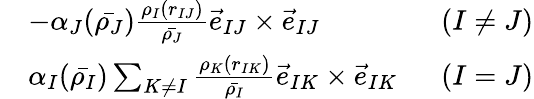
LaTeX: \begin{array}{rlr}&{-\alpha_{J}(\bar{\rho_{J}})\frac{\rho_{I}(r_{IJ})}{\bar{\rho_{J}}}\vec{e}_{IJ}\times\vec{e}_{IJ}}&{\; \; (I\ne J)}\\ &{\alpha_{I}(\bar{\rho_{I}})\sum_{K\ne I}\frac{\rho_{K}(r_{IK})}{\bar{\rho_{I}}}\vec{e}_{IK}\times\vec{e}_{IK}}&{\; \; (I=J)}\end{array}